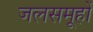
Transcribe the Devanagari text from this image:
जलसमूहों